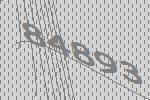
84893